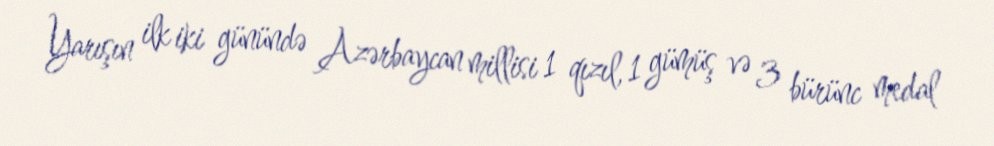
Yarışın ilk iki günündə Azərbaycan millisi 1 qızıl, 1 gümüş və 3 bürünc medal